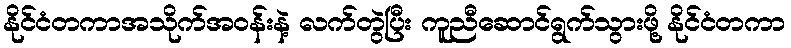
နိုင်ငံတကာအသိုက်အဝန်းနဲ့ လက်တွဲပြီး ကူညီဆောင်ရွက်သွားဖို့ နိုင်ငံတကာ